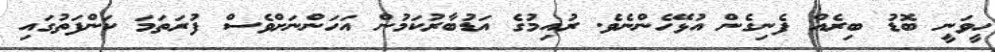
ހީވަނީ ބޮޑު ބިރެއް ފެނިގެން އުޅޭހެންނެވެ. ރުއިމުގެ އަޑުބާރުކަމުން އަހަންނަށްވެސް ފުރަތަމަ ކަންފަތުގައި